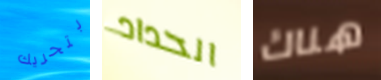
بتحريك الحداد هناك